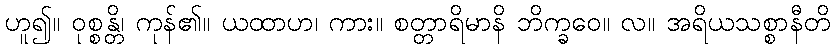
ဟူ၍။ ဝုစ္စန္တိ၊ ကုန်၏။ ယထာဟ၊ ကား။ စတ္တာရိမာနိ ဘိက္ခဝေ။ လ။ အရိယသစ္စာနီတိ